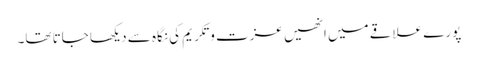
پورے علاقے میں انھیں عزت و تکریم کی نگاہ سے دیکھا جاتا تھا۔